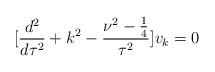
LaTeX: \begin{align*}[\frac{d^2}{d\tau^2}+k^2-\frac{\nu^2-\frac{1}{4}}{\tau^2}]v_k=0\end{align*}